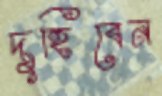
দুহিবেন